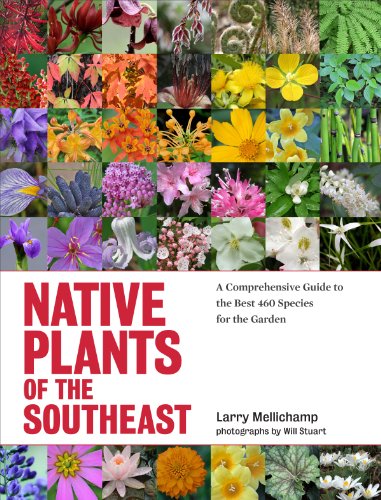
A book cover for Native Plants of the Southeast: A Comprehensive Guide to the Best 460 Species for the Garden; Larry Mellichamp; Crafts, Hobbies & Home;